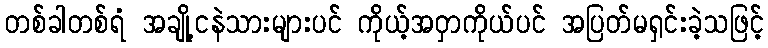
တစ်ခါတစ်ရံ အချို့ငနဲသားများပင် ကိုယ့်အဝှာကိုယ်ပင် အပြတ်မရှင်းခဲ့သဖြင့်